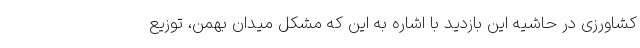
کشاورزی در حاشیه این بازدید با اشاره به این که مشکل میدان بهمن، توزیع